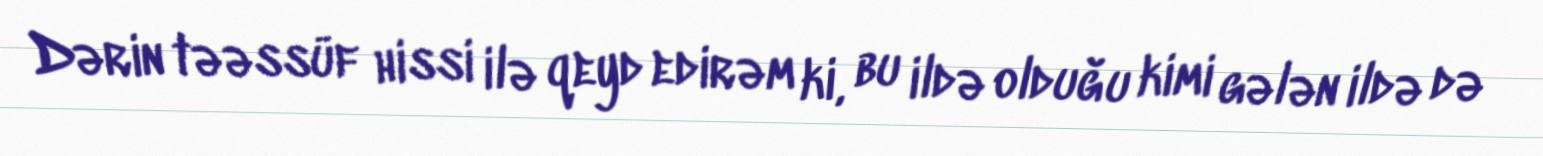
Dərin təəssüf hissi ilə qeyd edirəm ki, bu ildə olduğu kimi gələn ildə də